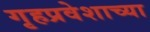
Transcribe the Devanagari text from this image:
गृहप्रवेशाच्या